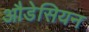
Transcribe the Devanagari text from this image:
औडेसियन